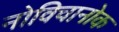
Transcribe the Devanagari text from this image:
नोविचानोक